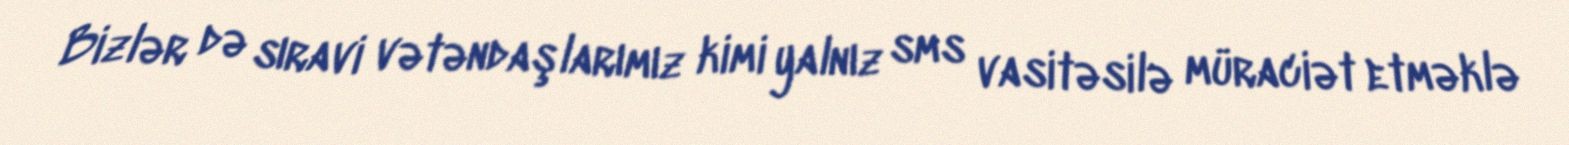
Bizlər də sıravi vətəndaşlarımız kimi yalnız sms vasitəsilə müraciət etməklə